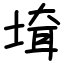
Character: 𡍲